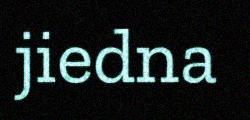
jiedna